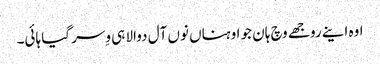
اوہ اینے روجھے وچ ہان جو اوہناں نوں آل دوالا ہی وِسر گیا ہائی۔